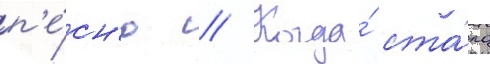
п'е́сн'ю // Когда́ ста́ло